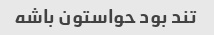
تند بود حواستون باشه